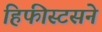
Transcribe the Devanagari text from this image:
हिफीस्टसने